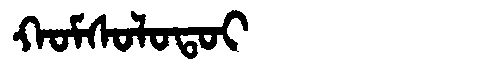
Manchu: ᡴᠣᠮᠰᠣᠯᠣᡨᠣᡳ
Romanization: KOMSOLOTOI